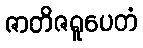
ဇာတိဇရူပေတံ